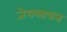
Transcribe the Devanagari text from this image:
जेगलायन